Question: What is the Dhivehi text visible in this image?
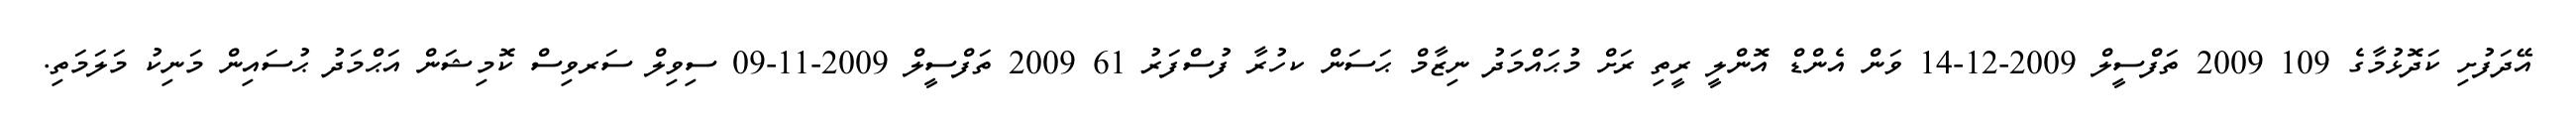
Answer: އޭދަފުށި ކަދޮޅުމާގެ 109 2009 ތަފްސީލް 2009-12-14 ވަން އެންޑް އޮންލީ ރީތި ރަށް މުޙައްމަދު ނިޒާމް ޙަސަން ކހުރާ ފުސްފަރު 61 2009 ތަފްސީލް 2009-11-09 ސިވިލް ސަރވިސް ކޮމިޝަން އަޙްމަދު ޙުސައިން މަނިކު މަލަމަތި.